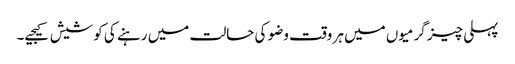
پہلی چیز گرمیوں میں ہر وقت وضو کی حالت میں رہنے کی کوشیش کیجیے۔